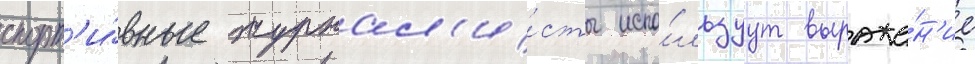
спорт'и́вные журнал'и́сты испо́льзуут выраже́н'ие